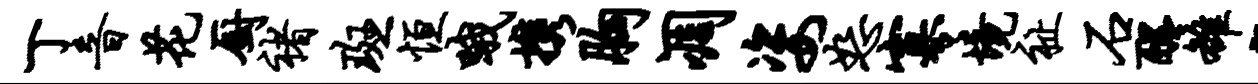
丁音花厨褚斑恒哦携胸凋姿恕寡境祉石醒雒题